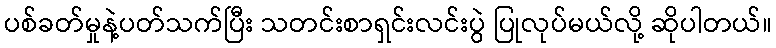
ပစ်ခတ်မှုနဲ့ပတ်သက်ပြီး သတင်းစာရှင်းလင်းပွဲ ပြုလုပ်မယ်လို့ ဆိုပါတယ်။